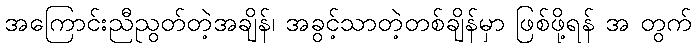
အကြောင်းညီညွတ်တဲ့အချိန်၊ အခွင့်သာတဲ့တစ်ချိန်မှာ ဖြစ်ဖို့ရန် အ တွက်